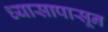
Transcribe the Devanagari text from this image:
ध्यासापासून